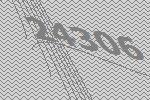
24306